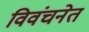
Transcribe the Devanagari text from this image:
विवंचनेत